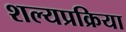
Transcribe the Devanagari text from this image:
शल्यप्रक्रिया